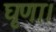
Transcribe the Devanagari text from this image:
घृणा।